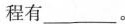
程有___。